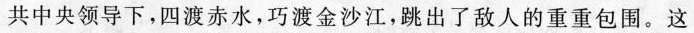
共中央领导下，四渡赤水，巧渡金沙江，跳出了敌人的重重包围。这